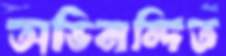
অভিনন্দিত